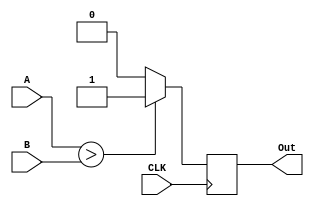
`timescale 1ns / 1ps
//////////////////////////////////////////////////////////////////////////////////
// Company: 
// Engineer: 
// 
// Design Name: 
// Module Name: Comparador_Mayor
// Project Name: 
// Target Devices: 
// Tool Versions: 
// Description: 
// 
// Dependencies: 
// 
// Revision:
// Revision 0.01 - File Created
// Additional Comments:
// 
//////////////////////////////////////////////////////////////////////////////////


module Comparador_Mayor_L(
    input wire CLK,
    input wire [7:0] A,
    input wire [7:0] B,
    output reg Out
    );
    
    
       always @(posedge CLK)
          if (A > B)
              Out <= 1'b1;
          else
              Out <= 1'b0;
    
endmodule